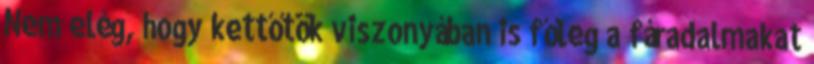
Nem elég, hogy kettőtök viszonyában is főleg a fáradalmakat